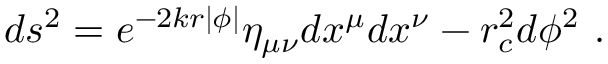
d s ^ { 2 } = e ^ { - 2 k r | \phi | } \eta _ { \mu \nu } d x ^ { \mu } d x ^ { \nu } - r _ { c } ^ { 2 } d \phi ^ { 2 } ~ .